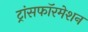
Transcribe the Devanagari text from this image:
ट्रांसफॉरमेशन